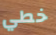
خطي